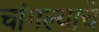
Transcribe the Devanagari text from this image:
चांगल्याचे